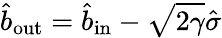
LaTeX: \hat{b}_{\mathrm{out}}=\hat{b}_{\mathrm{in}}-\sqrt{2\gamma}\hat{\sigma}